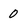
Character: 0